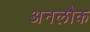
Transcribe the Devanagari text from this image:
अनलौक